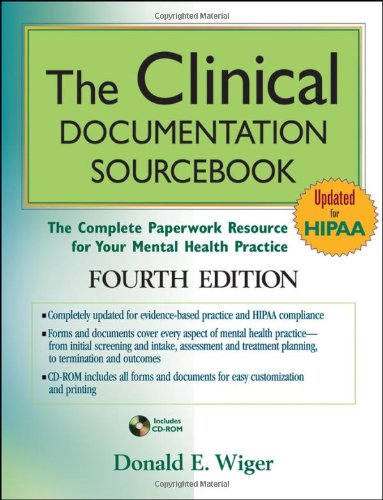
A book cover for The Clinical Documentation Sourcebook: The Complete Paperwork Resource for Your Mental Health Practice; Donald E. Wiger; Medical Books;